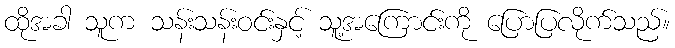
ထိုအခါ သူက သန်းသန်းဝင်းနှင့် သူ့အကြောင်းကို ပြောပြလိုက်သည်။